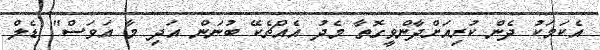
އެކަމަކު ދެން ކުރިއަށްދާންވީގޮތާ މެދު އެއްޗެކޭ ބުނަން އަދި މާ އަވަސް" ޑެލް